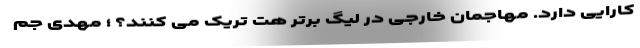
کارایی دارد. مهاجمان خارجی در لیگ برتر هت تریک می کنند؟ ؛ مهدی جم